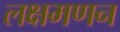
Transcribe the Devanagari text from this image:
लक्षमणन